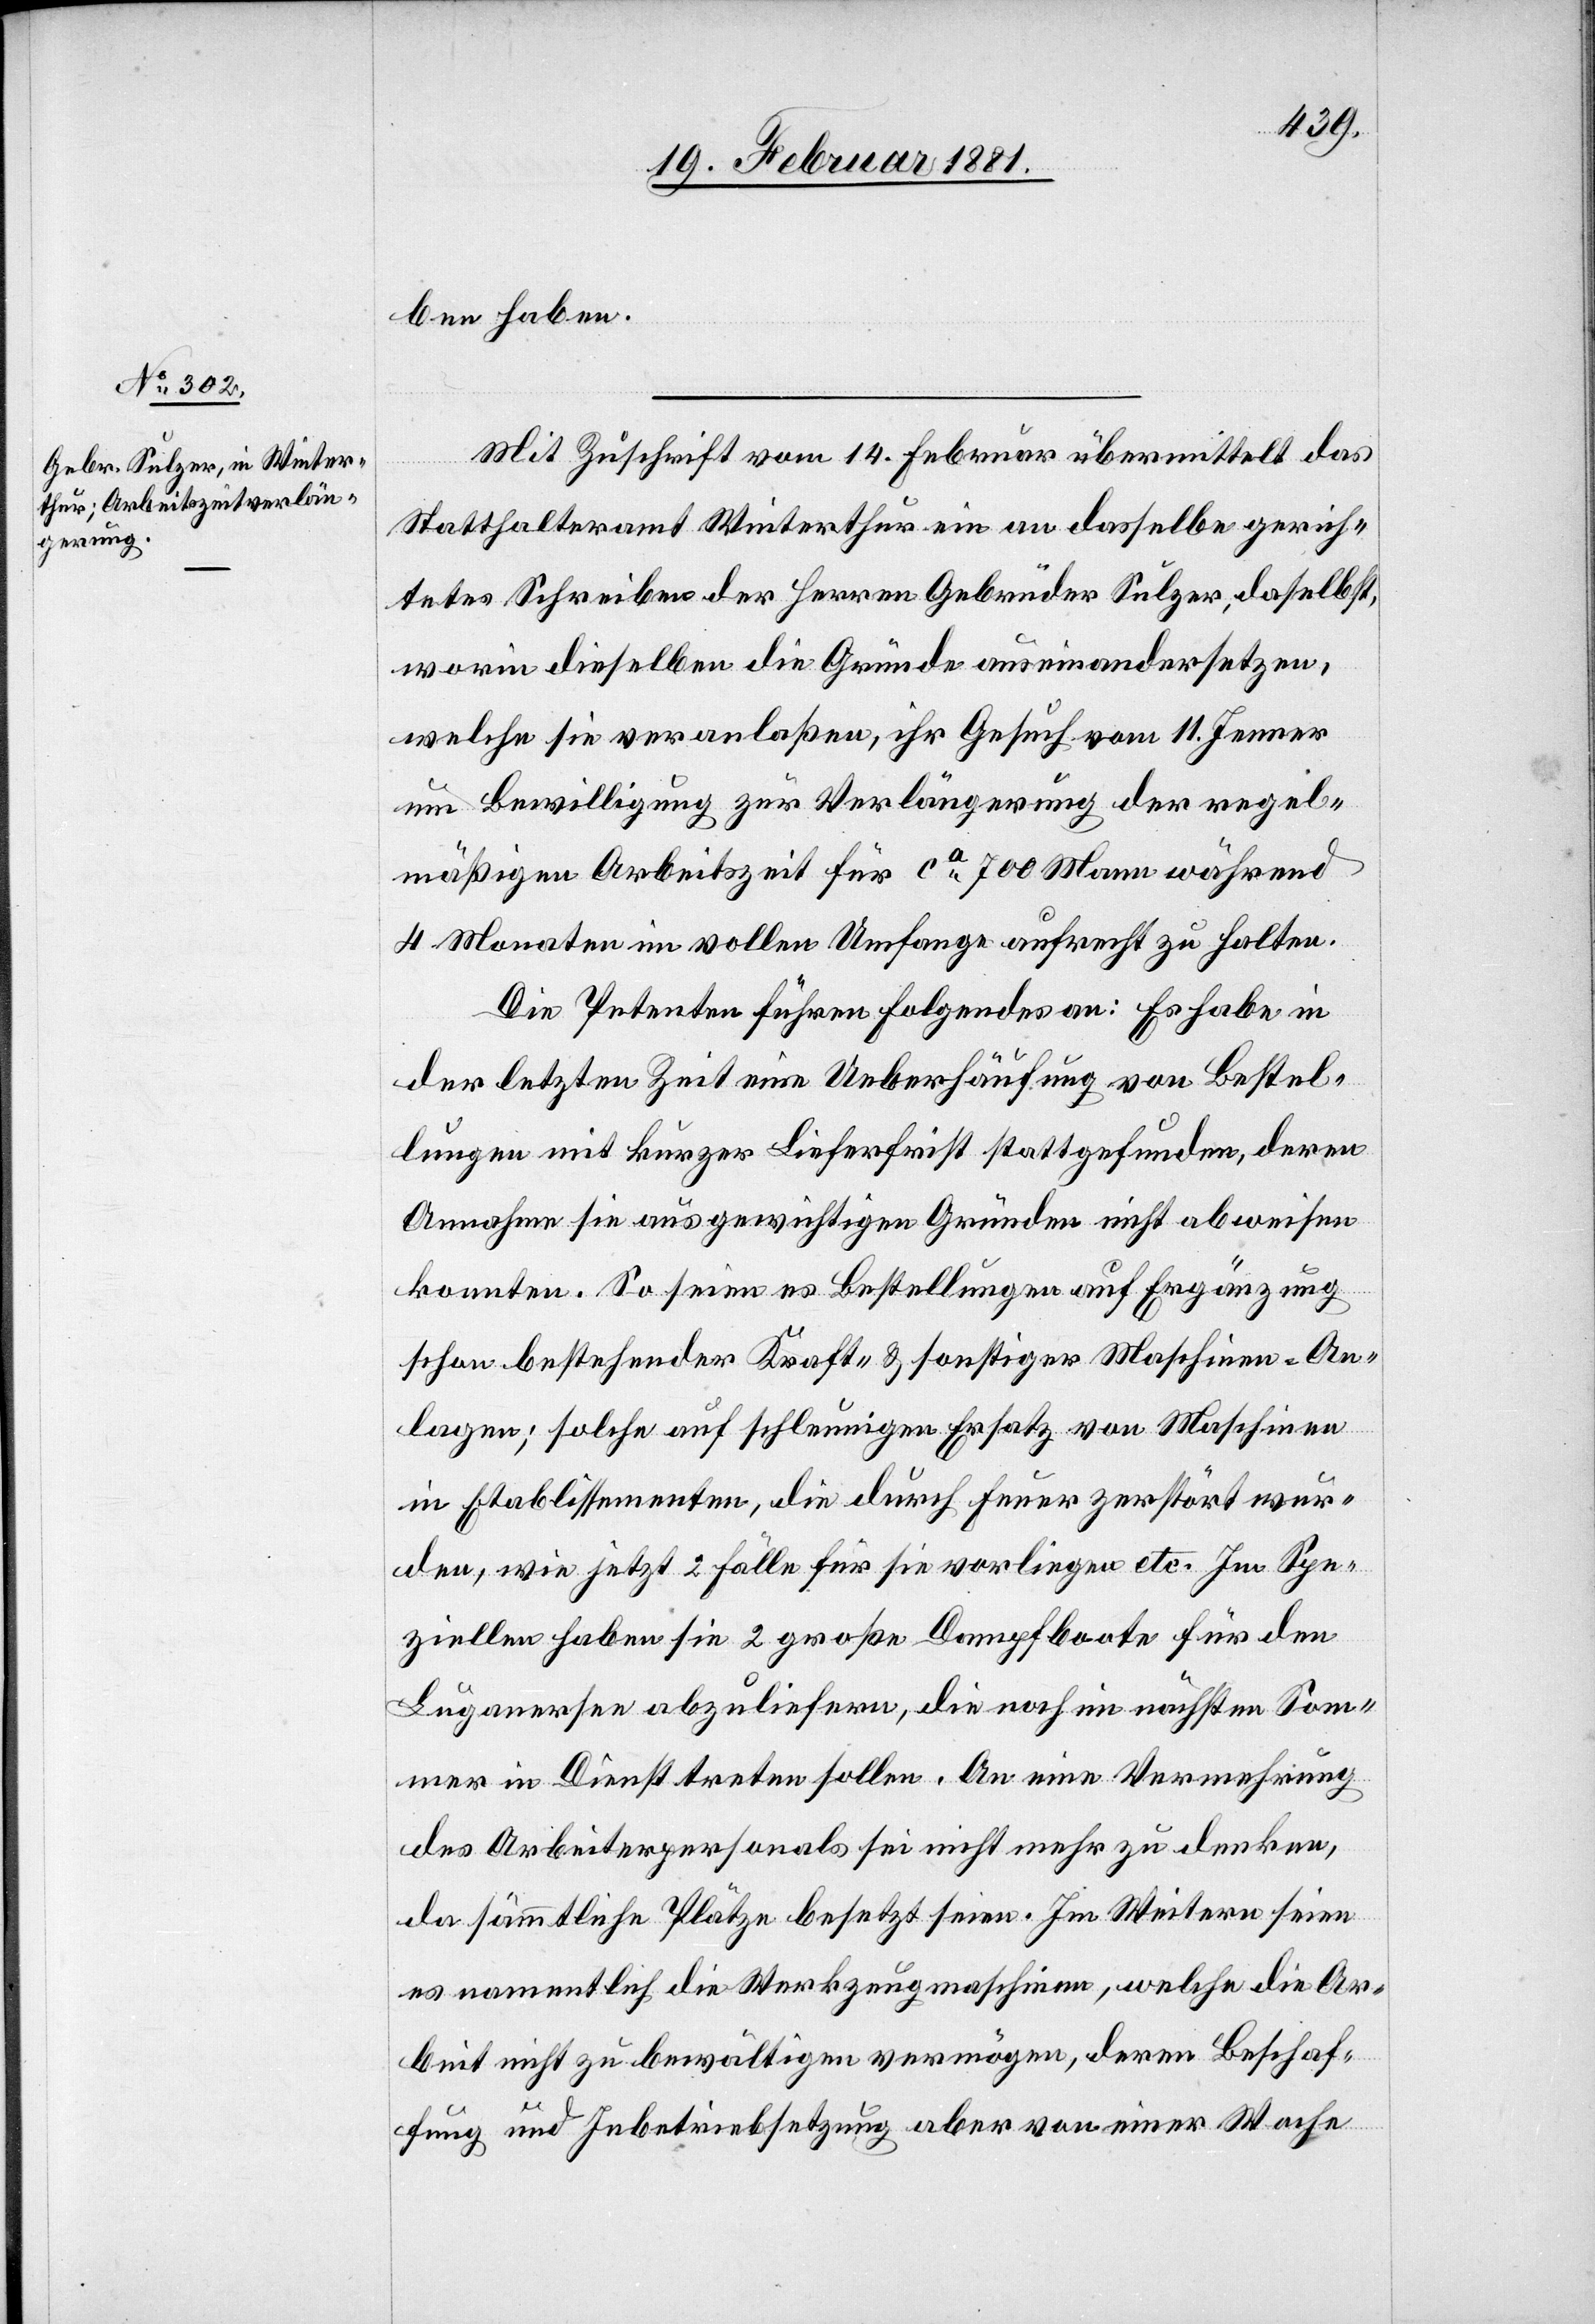
ben haben.
Mit Zuschrift vom 14. Februar übermittelt das
Statthalteramt Winterthur ein an dasselbe gerich¬
tetes Schreiben der Herren Gebrüder Sulzer, daselbst,
worin dieselben die Gründe auseinandersetzen,
welche sie veranlaßen, ihr Gesuch vom 11. Jenner
um Bewilligung zur Verlängerung der regel¬
mäßigen Arbeitszeit für ca 700 Mann während
4 Monaten in vollen Umfange aufrecht zu halten.
Die Petenten führen Folgendes an: Es habe in
der letzten Zeit eine Ueberhäufung von Bestel¬
lungen mit kurzer Lieferfrist stattgefunden, deren
Annahme sie aus gewichtigen Gründen nicht abweisen
konnten. So seien es Bestellungen auf Ergänzung
schon bestehender Kraft- & sonstiger Maschinen-An¬
lagen; solche auf schleunigen Ersatz von Maschinen
in Etablissementen, die durch Feuer zerstört wur¬
den, wie jetzt 2 Fälle für sie vorliegen etc. Im Spe¬
ziellen haben sie 2 große Dampfboote für den
Luganersee abzuliefern, die noch im nächsten Som¬
mer in Dienst treten sollen. An eine Vermehrung
des Arbeiterpersonals sei nicht mehr zu denken,
da sämmtliche Plätze besetzt seien. Im Weitern seien
es namentlich die Werkzeugmaschinen, welche die Ar¬
beit nicht zu bewältigen vermögen, deren Beschaf¬
fung und Inbetriebsetzung aber von einer Woche